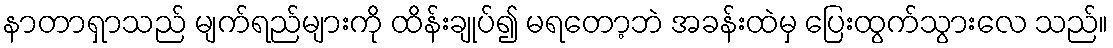
နာတာရှာသည် မျက်ရည်များကို ထိန်းချုပ်၍ မရတော့ဘဲ အခန်းထဲမှ ပြေးထွက်သွားလေ သည်။